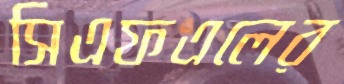
সিএফএলের